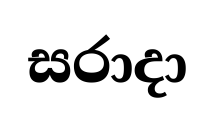
සරාදා